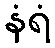
နံရံ